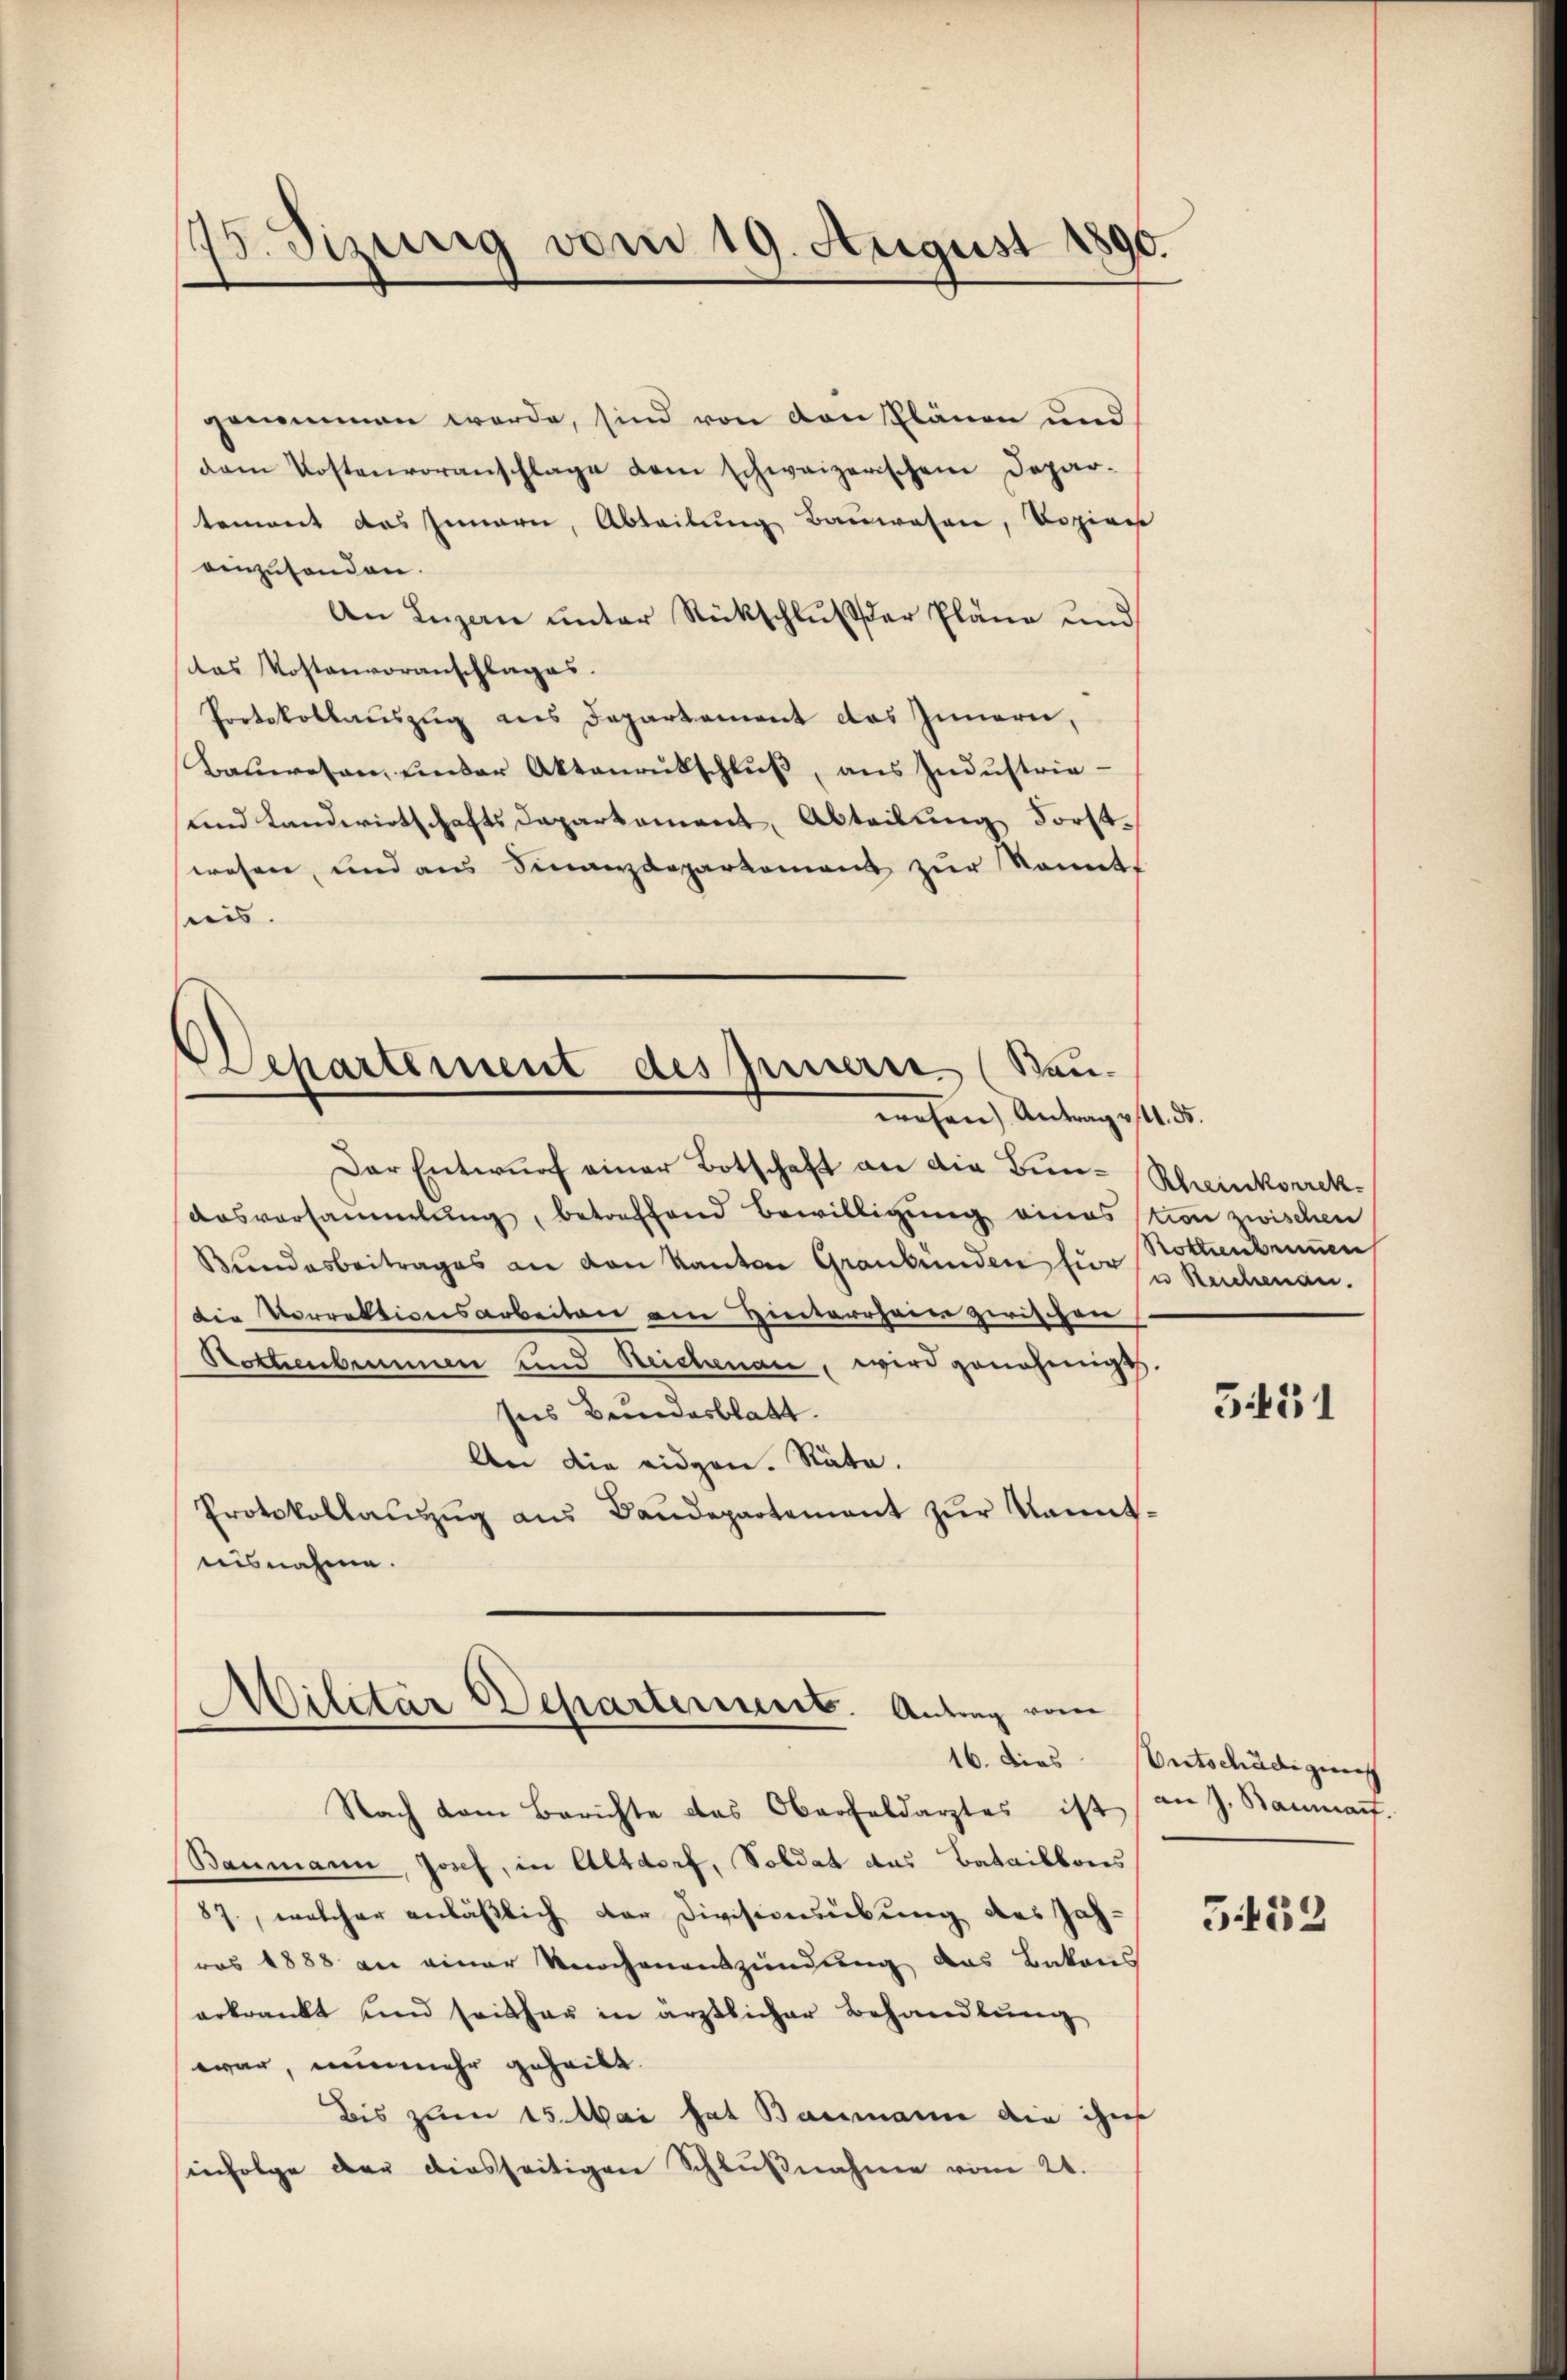
75. Sizurig vom 19. August 1890.

genommen werde, sind von von Plänen und
dam Kostenvoranschlage dem schweizerischem Depar-
tement das Innern, Abteilung Bauwesen, Vozia
einzuhanden.
An Luzen unter Rückschluß der Pläne und
das Kostenvoranschlages.
Protokollauszug aus Departement das Innern,
Baŭwesen, under Aktenrütschlŭβ, aus Industrie-
und Landwirtschafts Departament, Abteilung Forstwesen, und aus Finanzdepartement zur Komet
nis.

Departement des Innern (Bau.
wohen Antrage 1. ds.

Der Entwŭrf einer Botschaft an die Bŭn-Rheinkorrek¬
Ausversammlung, betreffend Bewilligung eines von zwischen
Bundesbeitrages an den Kanton Graubünden für u Reichenau.
die Vorrektionsarbeiten am Hinterrheine zwischen
Hottienbinnen und Reichenau, wird genehmigt.
ses Bundesblatt.
An die eidgen. Räte.
Protokollaŭszŭg aŭs Baŭdepartement zŭr Kennt-
nisnahme.

Militär Departement. Antrag vom
16. Dies

Nach dem Berichte des Oberfeldarztes ist an J. Bauma.
Baumann, Josef, in Altdorf, Soldat das Bataillons
87., welcher anläßlich der Divisionsübung des Jah-
ras 1888 an einer Knochenentzündung das Batons
erkrankt und seither in ärztlicher Behandlung
war, nunmehr geheilt.
Bis zum 15. Mai hat Baumann die ihn
infolge der diesseitigen Schlußnahme vom 21.

Rothentimen

5451

Entschädigung

353